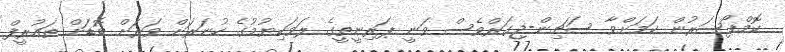
ކޮމްޕޯސަރުން ކަމަށްވާ ސަޗިން-ޖިގަރްވެސް ވަނީ ޕަރިނީތީގެ ލަވަކިޔުމުގެ ހުނަރަށް ވަރަށް ބޮޑަށް ތައުރީފް